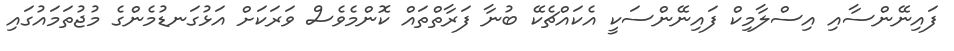
ފައިނޭންސާއި އިސްލާމިކް ފައިނޭންސަކީ އެކައްޗެކޭ ބުނާ ފަރާތްތައް ކޮންމެވެސް ވަރަކަށް އަޅުގަނޑުމެންގެ މުޖުތަމައުގައި